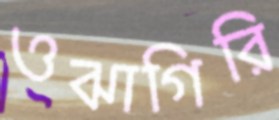
ওঝাগিরি